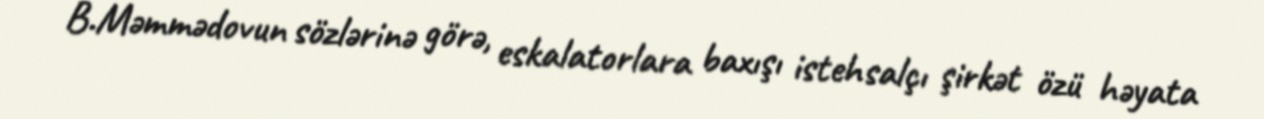
B.Məmmədovun sözlərinə görə, eskalatorlara baxışı istehsalçı şirkət özü həyata